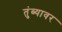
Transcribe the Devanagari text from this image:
तुंब्यावर